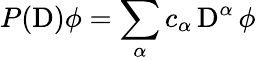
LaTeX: P(\operatorname{D})\phi=\sum_{\alpha}c_{\alpha}\operatorname{D}^{\alpha}\phi